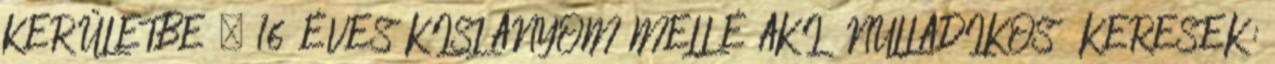
KERÜLETBE , 16 ÉVES KISLÁNYOM MELLÉ AKI NULLADIKOS KERESEK: